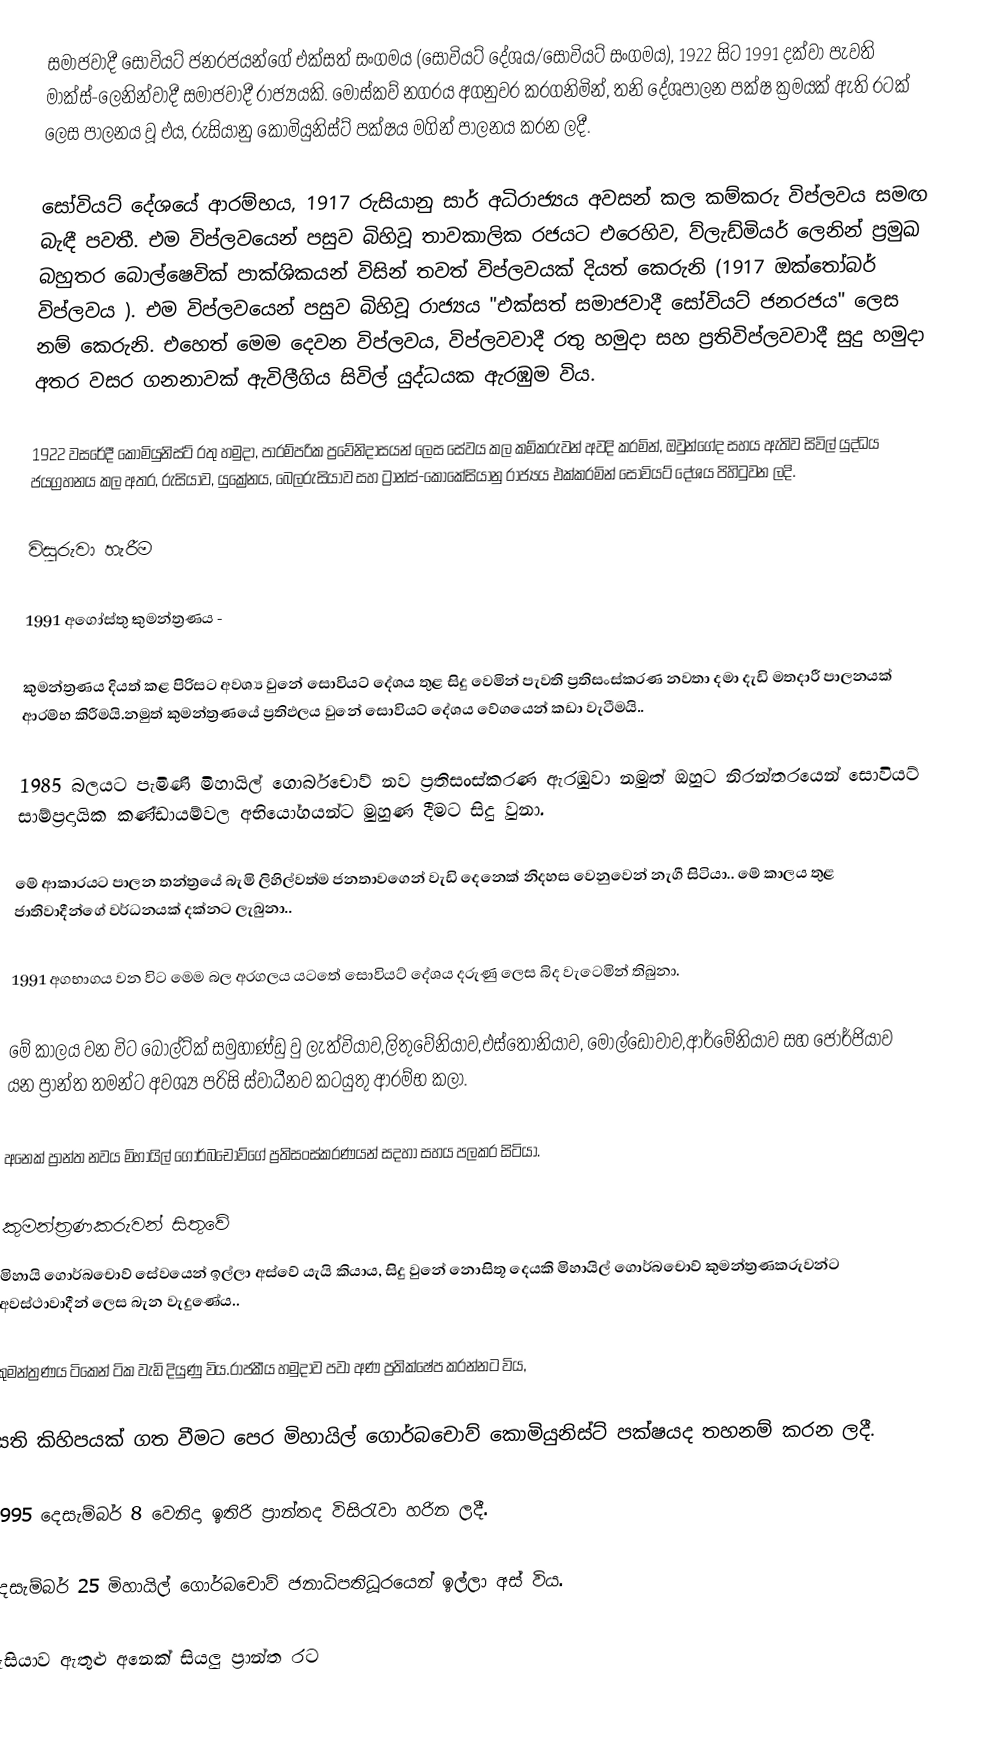
සමාජවාදී සෝවියට් ජනරජයන්ගේ එක්සත් සංගමය (සෝවියට් දේශය/සෝවියට් සංගමය), 1922 සිට 1991 දක්වා පැවති මාක්ස්-ලෙනින්වාදී සමාජවාදී රාජ්‍යයකි. මොස්කව් නගරය අගනුවර කරගනිමින්, තනි දේශපාලන පක්ෂ ක්‍රමයක් ඇති රටක් ලෙස පාලනය වූ එය, රුසියානු කොමියුනිස්ට් පක්ෂය මගින් පාලනය කරන ලදී.

සෝවියට් දේශයේ ආරම්භය, 1917 රුසියානු සාර් අධිරාජ්‍යය අවසන් කල කම්කරු විප්ලවය සමඟ බැඳී පවතී. එම විප්ලවයෙන් පසුව බිහිවූ තාවකාලික රජයට එරෙහිව, ව්ලැඩ්මියර් ලෙනින් ප්‍රමුඛ බහුතර බොල්ෂෙවික් පාක්ශිකයන් විසින් තවත් විප්ලවයක් දියත් කෙරුනි (1917 ඔක්තෝබර් විප්ලවය ). එම විප්ලවයෙන් පසුව බිහිවූ රාජ්‍යය "එක්සත් සමාජවාදී සෝවියට් ජනරජය" ලෙස නම් කෙරුනි. එහෙත් මෙම දෙවන විප්ලවය, විප්ලවවාදී රතු හමුදා සහ ප්‍රතිවිප්ලවවාදී සුදු හමුදා අතර වසර ගනනාවක් ඇවිලීගිය සිවිල් යුද්ධයක ඇරඹුම විය.

1922 වසරේදී කොමියුනිස්ට් රතු හමුදා, පාරම්පරික ප්‍රවේනිදාසයන් ලෙස සේවය කල කම්කරුවන් අවදි කරමින්, ඔවුන්ගේද සහය ඇතිව සිවිල් යුද්ධය ජයග්‍රහනය කල අතර, රුසියාව, යුක්‍රේනය, බෙලරුසියාව සහ ට්‍රාන්ස්-කොකේසියානු රාජ්‍යය එක්කරමින් සෝවියට් දේශය පිහිටුවන ලදි.

විසුරුවා හැරීම

1991 අගෝස්තු කුමන්ත්‍රණය -

කුමන්ත්‍රණය  දියත් කළ පිරිසට අවශ්‍ය වුනේ  සොවියට් දේශය  තුළ  සිදු වෙමින් පැවති  ප්‍රතිසංස්කරණ  නවතා දමා දැඩි මතදාරී පාලනයක්  ආරම්භ කිරීමයි.නමුත් කුමන්ත්‍රණයේ ප්‍රතිඵලය වුනේ  සොවියට් දේශය  වේගයෙන්  කඩා  වැටීමයි..

1985 බලයට පැමිණි   මිහායිල් ගොර්බචොව්  නව ප්‍රතිසංස්කරණ  ඇරඹුවා නමුත් ඔහුට නිරන්තරයෙන්  සොවියට්  සාම්ප්‍රදායික  කණ්ඩායම්වල අභියෝගයන්ට මුහුණ දීමට සිදු වුනා.

මේ ආකාරයට පාලන තන්ත්‍රයේ  බැමි ලිහිල්වත්ම ජනතාවගෙන්  වැඩි දෙනෙක් නිදහස  වෙනුවෙන්  නැගී සිටියා.. මේ කාලය තුළ  ජාතිවාදීන්ගේ වර්ධනයක් දක්නට  ලැබුනා..

1991 අගභාගය වන විට මෙම බල අරගලය යටතේ සොවියට් දේශය  දරුණු ලෙස බිද   වැටෙමින්  තිබුනා.

මේ කාලය වන විට බෝල්ට්ක් සමුහාණ්ඩු වු ලැත්වියාව,ලිතුවේනියාව,එස්තෝනියාව,  මෝල්ඩෝවාව,ආර්මේනියාව  සහ ජෝර්ජියාව යන  ප්‍රාන්ත   තමන්ට   අවශ්‍ය පරිසි ස්වාධීනව කටයුතු ආරම්භ කලා.

අනෙක් ප්‍රාන්ත නවය  මිහායිල් ගොර්බචොව්ගේ  ප්‍රතිසංස්කරණයන් සදහා  සහය  පලකර සිටියා.

කුමන්ත්‍රණකරුවන්  සිතුවේ
මිහායි ගොර්බචොව් සේවයෙන්  ඉල්ලා අස්වේ යැයි කියාය, සිදු වුනේ නොසිතූ  දෙයකි මිහායිල් ගොර්බචොව්    කුමන්ත්‍රණකරුවන්ට  අවස්ථාවාදීන් ලෙස  බැන වැදුණේය..

කුමන්ත්‍රණය ටිකෙන්  ටික   වැඩි දියුණු විය.රාජකීය  හමුදාව පවා අණ ප්‍රතික්ෂේප  කරන්නට විය,

සති කිහිපයක් ගත වීමට  පෙර  මිහායිල් ගොර්බචොව්  කොමියුනිස්ට් පක්ෂයද තහනම් කරන ලදී.

1995 දෙසැම්බර් 8  වෙනිදා  ඉතිරි ප්‍රාන්තද විසිරැවා හරින ලදී.

දෙසැම්බර් 25 මිහායිල් ගොර්බචොව්  ජනාධිපතිධූරයෙන්  ඉල්ලා අස් විය.

රුසියාව ඇතුළු අනෙක් සියලු   ප්‍රාන්ත  රට